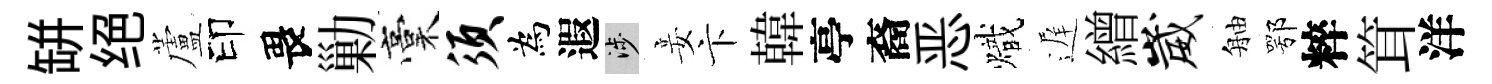
缾绝蘆印畏勦稾须為遐涉妾卞韓亭裔恶熾遅繒崴舳鄂粹䇯洋